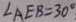
\angle A E B = 3 0 ^ { \circ }